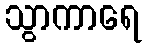
သွာကာရေ